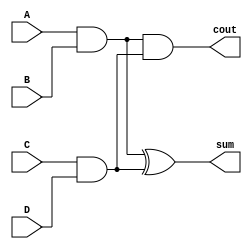
`timescale 1ns / 1ps
//////////////////////////////////////////////////////////////////////////////////
// Company: 
// Engineer: 
// 
// Design Name: 
// Module Name:    two_and_HA 
// Project Name: 
// Target Devices: 
// Tool versions: 
// Description: 
//
// Dependencies: 
//
// Revision: 
// Revision 0.01 - File Created
// Additional Comments: 
//
//////////////////////////////////////////////////////////////////////////////////
module two_and_HA(input A,B,C,D,
    output cout ,sum
    );
wire and1,and2;
assign and1 = A&B;
assign and2 = C&D;
assign sum = and1^and2;
assign cout = (and1 & and2 );

endmodule